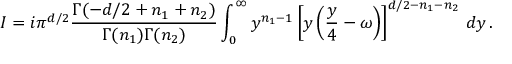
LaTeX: I = i \pi ^ { d / 2 } \frac { \Gamma ( - d / 2 + n _ { 1 } + n _ { 2 } ) } { \Gamma ( n _ { 1 } ) \Gamma ( n _ { 2 } ) } \int _ { 0 } ^ { \infty } y ^ { n _ { 1 } - 1 } \left[ y \left( \frac { y } { 4 } - \omega \right) \right] ^ { d / 2 - n _ { 1 } - n _ { 2 } } \, d y \, .